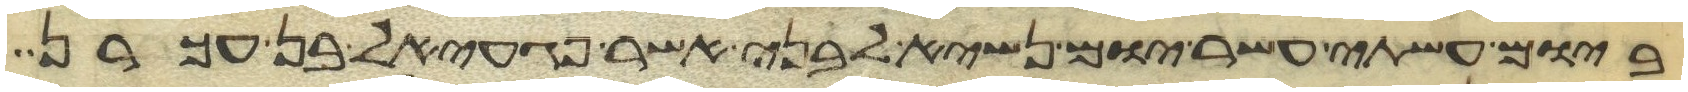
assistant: ביום עשתי עשר יום נשיא לבני אשר פגעאל בן עכרן